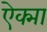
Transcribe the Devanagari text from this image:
ऐक्मा